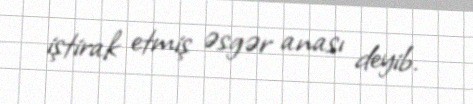
iştirak etmiş əsgər anası deyib.